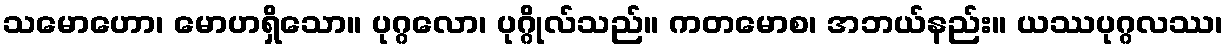
သမောဟော၊ မောဟရှိသော။ ပုဂ္ဂလော၊ ပုဂ္ဂိုလ်သည်။ ကတမောစ၊ အဘယ်နည်း။ ယဿပုဂ္ဂလဿ၊